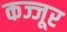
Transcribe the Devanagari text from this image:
कज्जूर